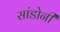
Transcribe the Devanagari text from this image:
सांडोनी